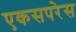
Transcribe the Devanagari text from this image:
एकसपरेस